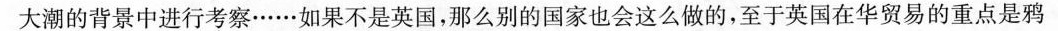
大潮的背景中进行考察……如果不是英国，那么别的国家也会这么做的，至于英国在华贸易的重点是鸦